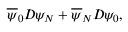
\overline { { { \psi } } } _ { 0 } D \! \! \! \! / \ \psi _ { N } + \overline { { { \psi } } } _ { N } D \! \! \! \! / \ \psi _ { 0 } ,